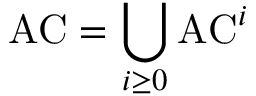
{ \mathrm { A C } } = \bigcup _ { i \geq 0 } { \mathrm { A C } } ^ { i }